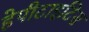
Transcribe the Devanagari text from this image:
हेपीटाइटिस